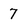
Character: 7